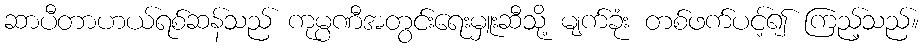
ဆာပီတာဟယ်ရစ်ဆန်သည် ကုမ္ပဏီအတွင်းရေးမှူးဆီသို့ မျက်ခုံး တစ်ဖက်ပင့်၍ ကြည့်သည်။